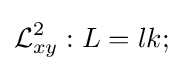
{\mathcal {L}}_{xy}^{2}:L=lk;